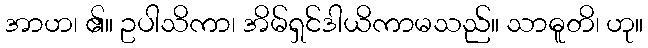
အာဟ၊ ၏။ ဥပါသိကာ၊ အိမ်ရှင်ဒါယိကာမသည်။ သာဓူတိ၊ ဟု။